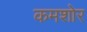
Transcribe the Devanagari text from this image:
कमशोर